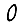
Digit: 0